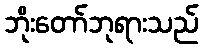
ဘိုးတော်ဘုရားသည်